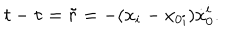
t - \tau = \tilde { r } = - ( x _ { i } - x _ { 0 i } ) { \dot { x } } _ { 0 } ^ { i } .